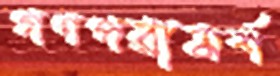
গণপরামর্শ